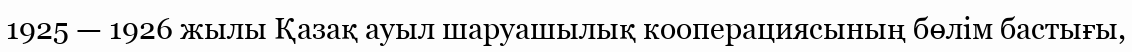
1925 — 1926 жылы Қазақ ауыл шаруашылық кооперациясының бөлім бастығы,